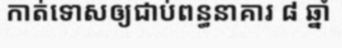
កាត់ទោសឲ្យជាប់ពន្ធនាគារ ៨ ឆ្នាំ